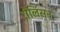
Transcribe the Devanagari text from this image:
रौलिंसन